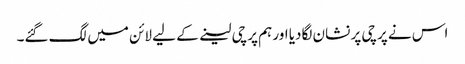
اس نے پرچی پر نشان لگادیا اور ہم پرچی لینے کے لیے لائن میں لگ گئے۔